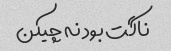
ناگت بود نه چیکن